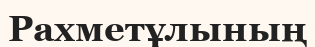
Рахметұлының